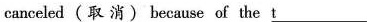
canceled(取 消) because of the \underline{t}___